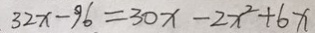
3 2 x - 9 6 = 3 0 x - 2 x ^ { 2 } + 6 x